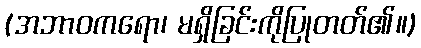
(အဘာဝကရော၊ မရှိခြင်းကိုပြုတတ်၏။)